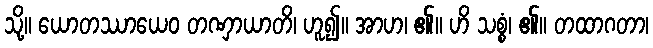
သို့။ ယောတဿာယေဝ တဏှာယာတိ၊ ဟူ၍။ အာဟ၊ ၏။ ဟိ သစ္စံ၊ ၏။ တထာဂတာ၊